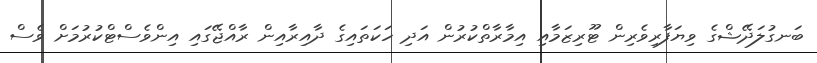
ބަނގުލަދޭޝްގެ ވިޔަފާރިވެރިން ޓޫރިޒަމާއި އިމާރާތްކުރުން އަދި ހަކަތައިގެ ދާއިރާއިން ރާއްޖޭގައި އިންވެސްޓްކުރުމަށް ވެސް